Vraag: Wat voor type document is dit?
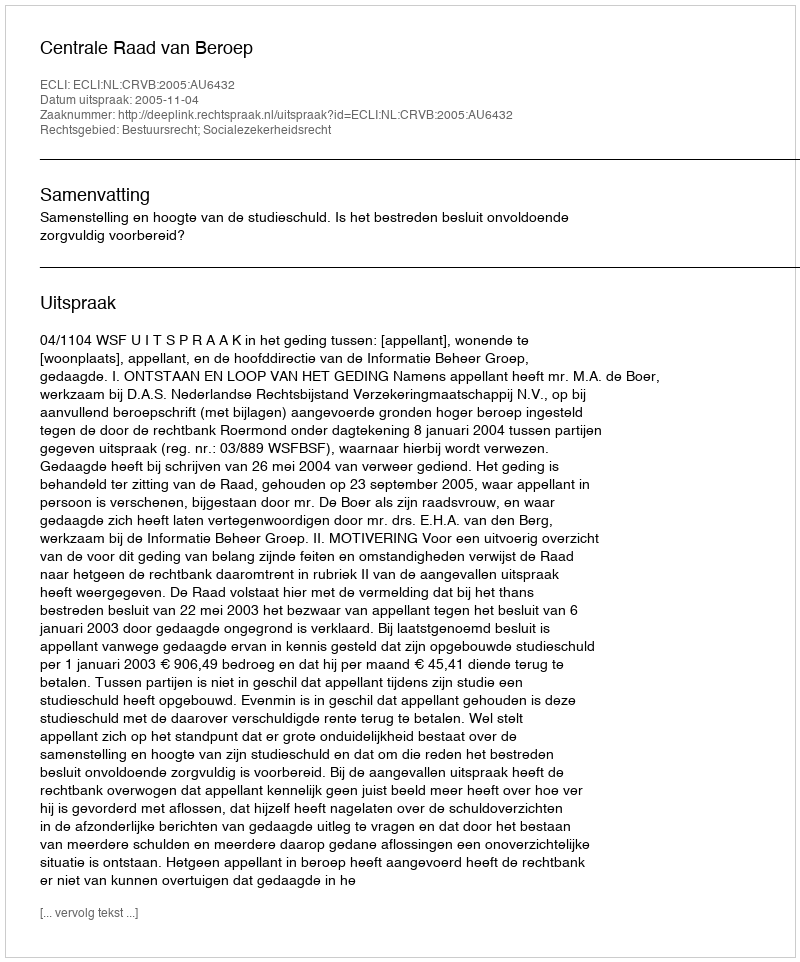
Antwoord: Uitspraak